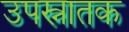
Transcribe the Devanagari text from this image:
उपस्नातक